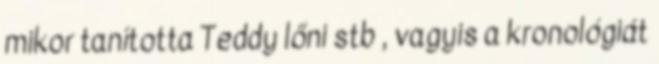
mikor tanította Teddy lőni stb , vagyis a kronológiát